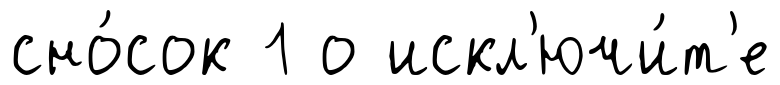
сно́сок 1 о искл'ючи́т'е